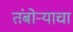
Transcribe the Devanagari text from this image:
तंबोऱ्याचा